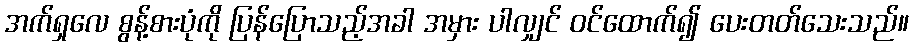
အက်ရှလေ စွန့်စားပုံကို ပြန်ပြောသည့်အခါ အမှား ပါလျှင် ဝင်ထောက်၍ ပေးတတ်သေးသည်။